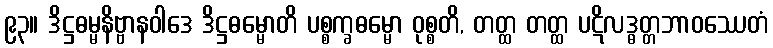
၉၃။ ဒိဋ္ဌဓမ္မနိဗ္ဗာနဝါဒေ ဒိဋ္ဌဓမ္မောတိ ပစ္စက္ခဓမ္မော ဝုစ္စတိ, တတ္ထ တတ္ထ ပဋိလဒ္ဓတ္တဘာဝဿေတံ